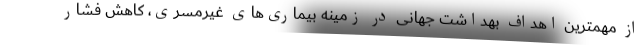
از مهمترین اهداف بهداشت جهانی در زمینه بیماری‌های غیرمسری، کاهش فشار